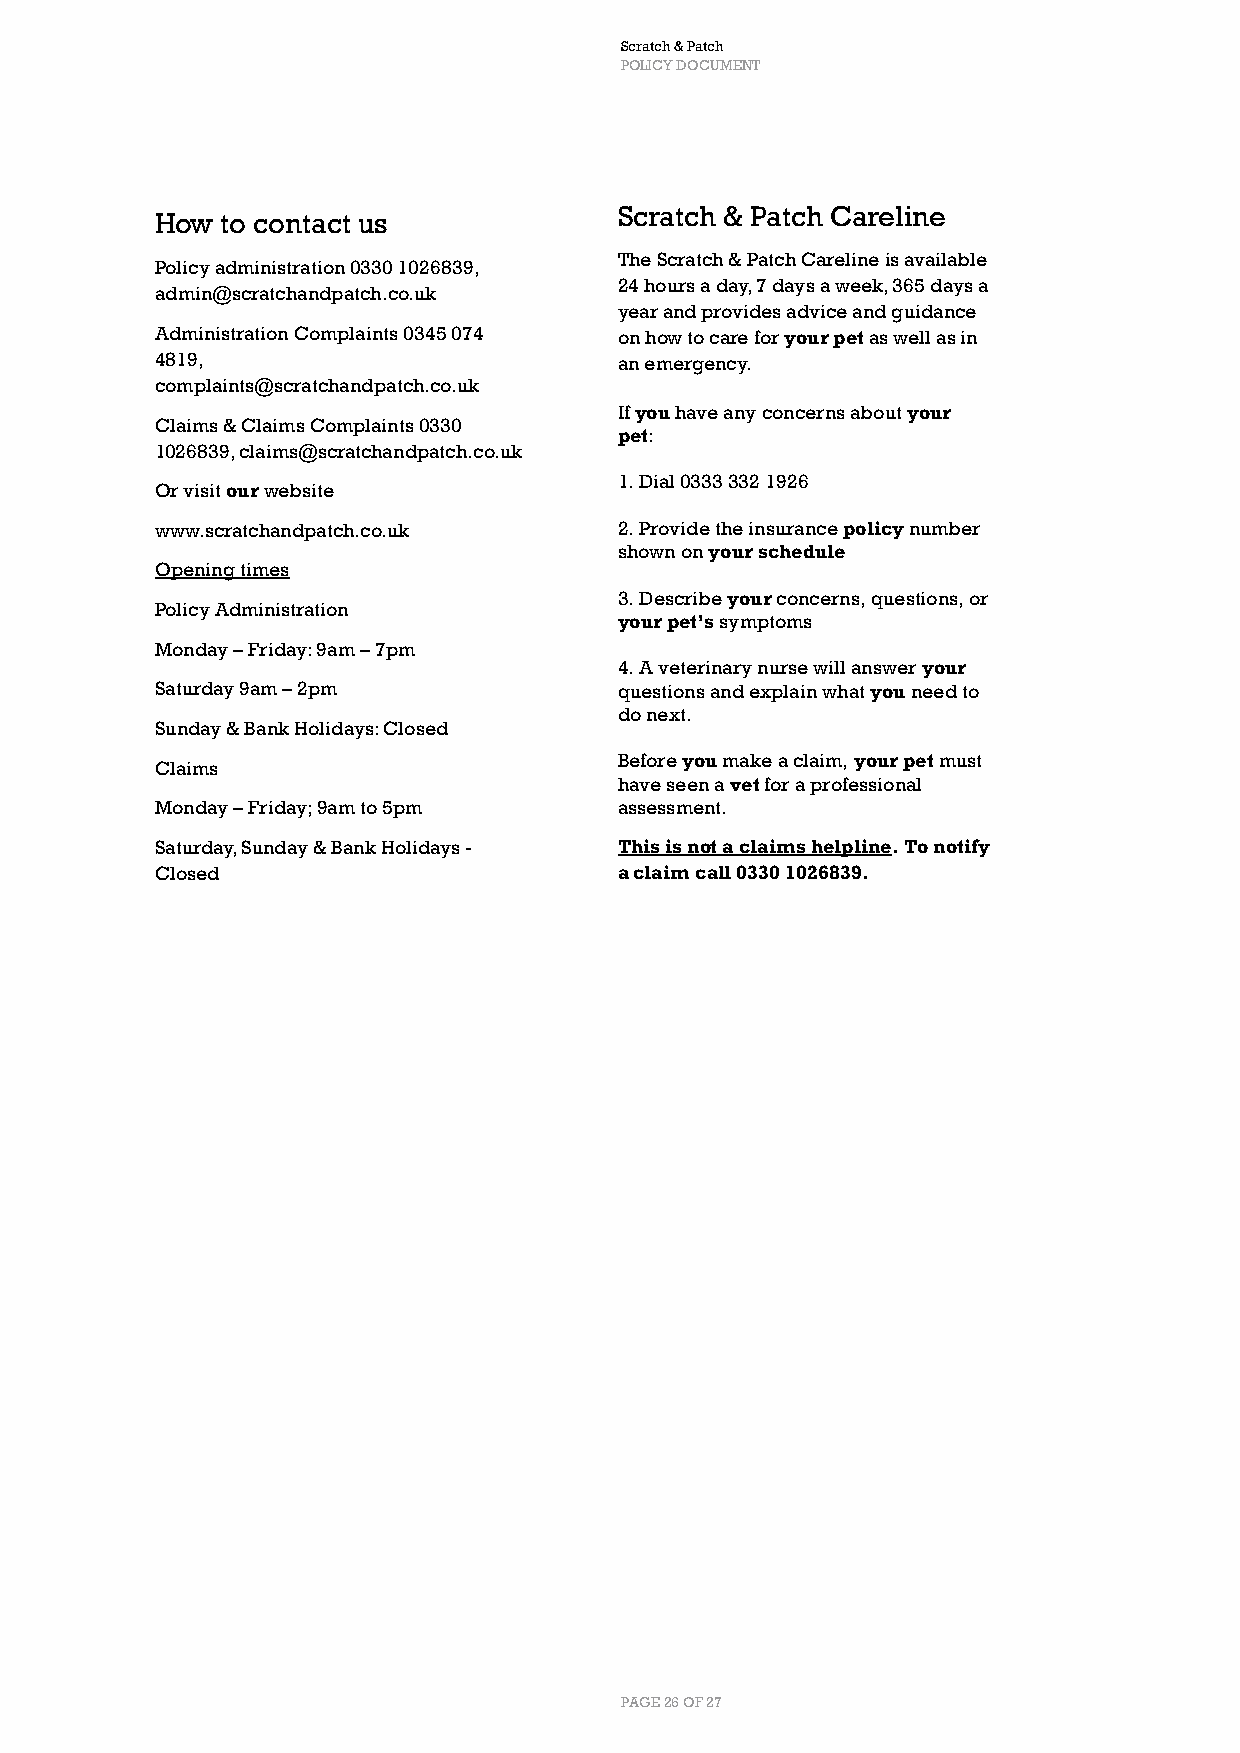
Scratch & Patch
 POLICY DOCUMENT
 Scratch & Patch Careline
 How  to contact us
 The Scratch & Patch Careline is available
 Policy administration 0330 1026839,
 24 hours a day, 7 days a week, 365 days a
 admin@scratchandpatch.co.uk
 year and provides advice and guidance
 Administration Complaints 0345 074 on how to care for your pet as well as in
 4819,                          an emergency.
 complaints@scratchandpatch.co.uk
 If you have any concerns about your
 Claims & Claims Complaints 0330
 pet:
 1026839, claims@scratchandpatch.co.uk
 1. Dial 0333 332 1926
 Or visit our website
 www.scratchandpatch.co.uk      2. Provide the insurance policy number
 shown on your schedule
 Opening times
 3. Describe your concerns, questions, or
 Policy Administration
 your pet’s symptoms
 Monday – Friday: 9am – 7pm
 4. A veterinary nurse will answer your
 Saturday 9am – 2pm             questions and explain what you need to
 do next.
 Sunday & Bank Holidays: Closed
 Before you make a claim, your pet must
 Claims
 have seen a vet for a professional
 Monday – Friday; 9am to 5pm    assessment.
 Saturday, Sunday & Bank Holidays - This is not a claims helpline. To notify
 Closed                         a claim call 0330 1026839.
 PAGE 26 OF 27